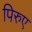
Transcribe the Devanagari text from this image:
पिरुए